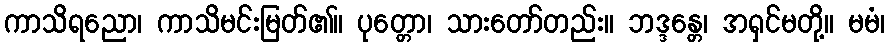
ကာသိရညော၊ ကာသိမင်းမြတ်၏။ ပုတ္တော၊ သားတော်တည်း။ ဘဒ္ဒန္တေ၊ အရှင်မတို့။ မမံ၊